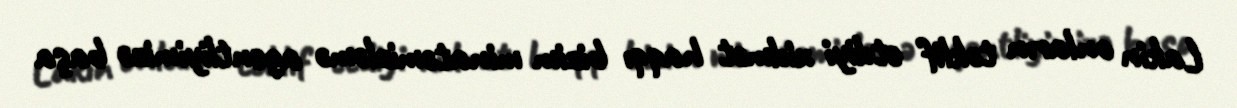
Lakin onların təklif etdiyi xidmət haqqı bizim minatəmizləmə agentliyimizə başa